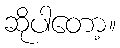
ဆိုပါတော့။